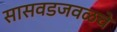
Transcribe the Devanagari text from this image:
सासवडजवळचे